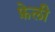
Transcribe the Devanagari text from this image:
फ़ेली